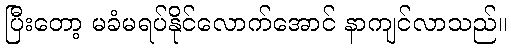
ပြီးတော့ မခံမရပ်နိုင်လောက်အောင် နာကျင်လာသည်။